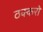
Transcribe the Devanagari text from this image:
ठक्करो